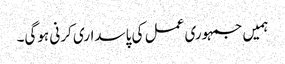
ہمیں جمہوری عمل کی پاسداری کرنی ہوگی۔